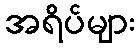
အရိပ်များ